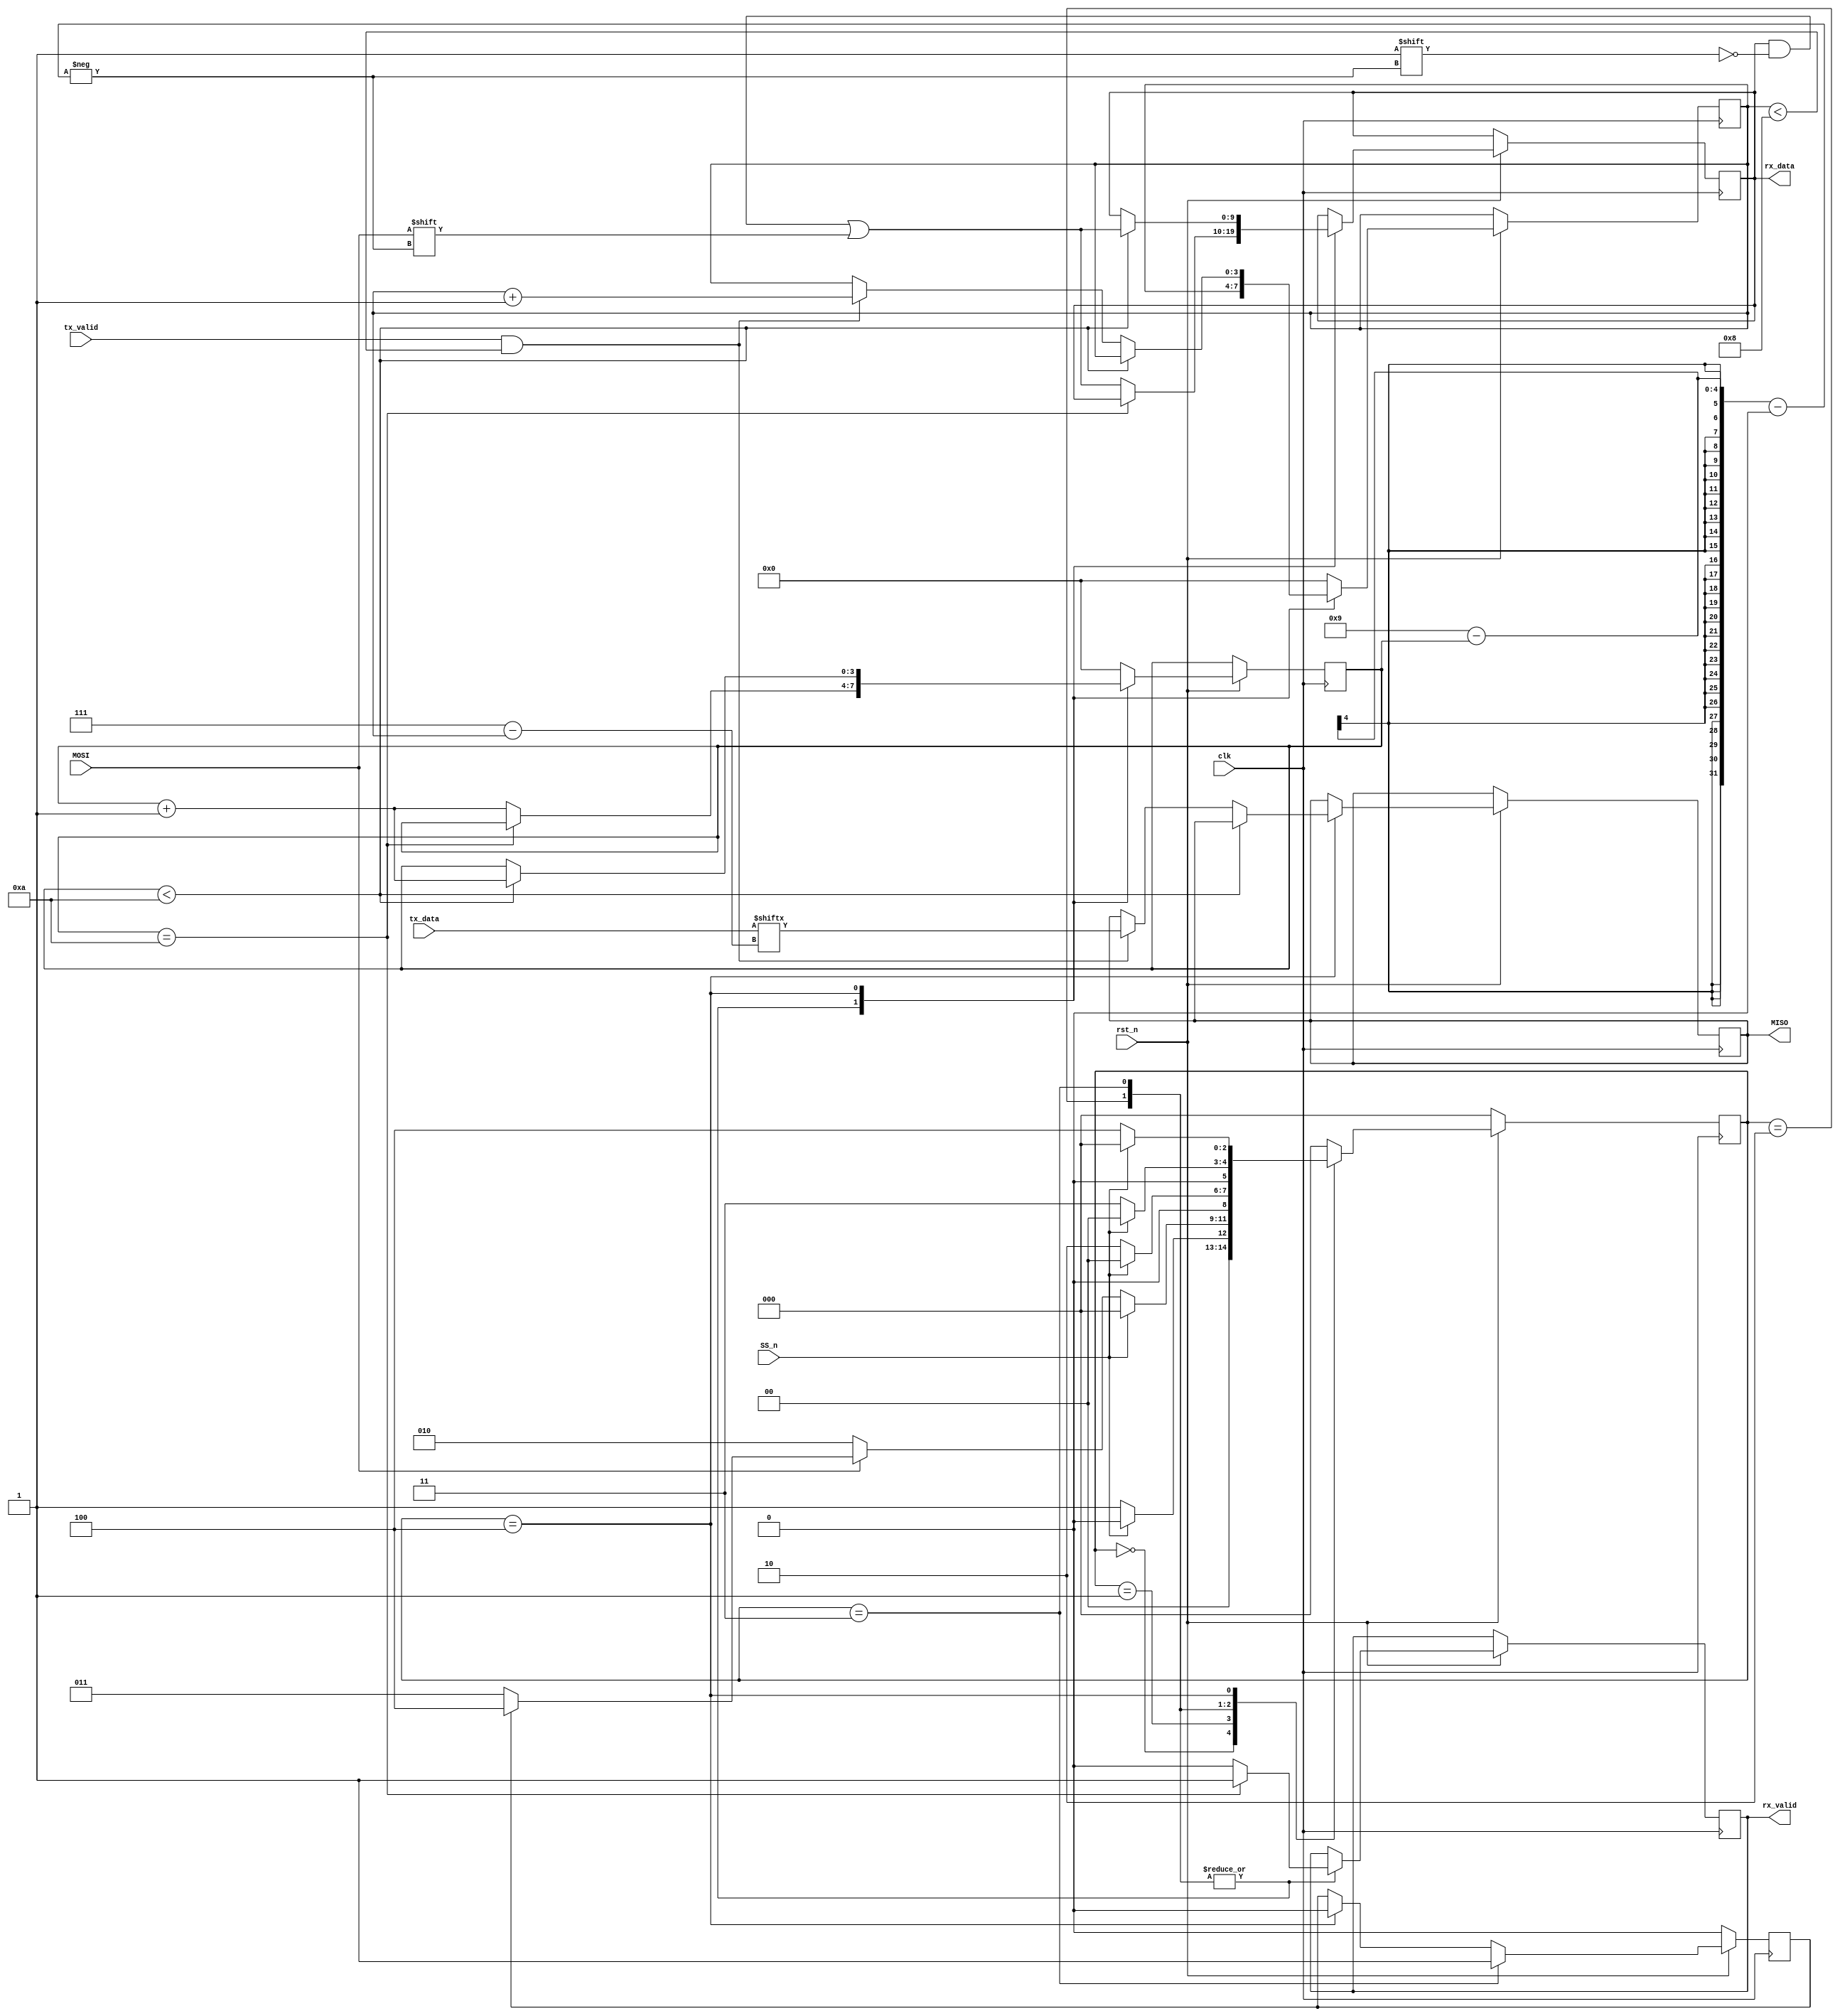
/*
 *********************************************************************************************************************************************
 *********************************************************************************************************************************************
 *********************************************************************************************************************************************
 * Module Name :                       SPI_Slave
 *********************************************************************************************************************************************
 * Describtion :                       SPI (serial perhirpal interface) is one of the most famous interfaces which provides
 *                                     high data rates , here we implement a SPI slave that master will communicate with th
 *                                     en it will communicate with RAM , supported operations are write addres/data and rea
 *                                     d address/data.  
 *********************************************************************************************************************************************
*/


module SPI_Slave(MOSI,MISO,SS_n,clk,rst_n,rx_data,rx_valid,tx_data,tx_valid);

//FSM encoding 
parameter IDLE      = 3'b000;
parameter CHK_CMD   = 3'b001;
parameter WRITE     = 3'b010;
parameter READ_ADD  = 3'b011;
parameter READ_DATA = 3'b100;

input MOSI;          // Master out slave in.
input SS_n;          // Slave select. if it's 0 slave will communicate , if it's 1 commuincation ends.
input clk;           // Clock signal.
input rst_n;         // synchronous active low reset.
input tx_valid;      // input from RAM side. if it's 1 tx_data will be converted serially to be at MISO port.
input [7:0] tx_data; // data to be converted from parallel to serial at MISO port.

output reg MISO; 			// Master in slave out.
output reg rx_valid;        // output from slave to RAM such that RAM detect that rx_data[7:0] is ready to be processed.
output reg [9 :0] rx_data;  // data to be processed by RAM.

(*fsm_encoding = "one_hot"*) //attribute to test different encoding (sequential, gray ,one hot).
reg [2:0] cs,ns; // current and next state, Both are 3 bits as we have 5 states.

reg read_address_n; // if zero read address , if one read data.

reg [3:0] counter;     // 4 bit counter for serial to parallel conversion .
reg [3:0] rd_counter; //  4 bit counter for read data operaation (parallel to serial conversion).

//next state logic
always @(*) begin
	case(cs)
		IDLE: begin
			if(SS_n) begin
				ns = IDLE;
			end 
			else begin				
				ns = CHK_CMD; 
			end 
		end 

		CHK_CMD: begin
		// SS_n = 1
			if(SS_n) begin
				ns = IDLE;
			end 

		// SS_n = 0 , MOSI = 0
			else if(~MOSI) begin
				ns = WRITE;
			end

		// SS_n = 0 , MOSI = 1 , read_address_n = 0
			else if(~read_address_n) begin
				ns = READ_ADD;
			end

		// SS_n = 0 , MOSI = 1 , read_address_n = 1
			else begin
				ns = READ_DATA;
			end 
		end 

		WRITE: begin
			if(SS_n) begin
				ns = IDLE;
			end 
			else begin
				ns = WRITE;
			end 
		end 

		READ_ADD: begin
			if(SS_n) begin
				ns = IDLE;
			end 
			else begin
				ns = READ_ADD;
			end 
		end 

		READ_DATA: begin
			if(SS_n) begin
				ns = IDLE;
			end 
			else begin
				ns = READ_DATA;
			end 
		end 
		default: ns = IDLE;
	endcase
end 

//state memory
always @(posedge clk) begin
	if (~rst_n) begin
		cs <= IDLE;
		read_address_n <= 0;
	end 
	else begin
		cs <= ns;
		if(cs == READ_ADD)
			read_address_n <= 1;
		else if(cs == READ_DATA)
			read_address_n <= 0;
	end 
end


//output logic
always @(posedge clk) begin	
	if(rst_n) begin
		case(cs)
			WRITE, READ_ADD: begin
			 	if(counter == 10) begin
			 		rx_valid <= 1; // Conversion ends
			 	end 
			 	else begin
			 		rx_data[9 - counter] <= MOSI;
			 		rx_valid <= 0;
			 		counter <= counter + 1;	
			 	end 
			end 
			READ_DATA: begin
			 	if(counter < 10) begin
				    rx_data[9 - counter] <= MOSI; // Serial to parallel converion.
			 		counter <= counter + 1;	
			 	end 

			 	else if(tx_valid && rd_counter < 8) begin
			 			MISO <= tx_data[7 - rd_counter]; // Parallel to serial conversion.	 				
			 			rd_counter <= rd_counter + 1;
			 	end 
			end 
			// Outputs for rest of cases will be invalid.
			//counters must be initialized to be zero until state becomes WRITE or READ_ADD or READ_DATA 
			default: begin
				counter    <= 0;
				rd_counter <= 0;			
			end 
		endcase
	end
end 
endmodule